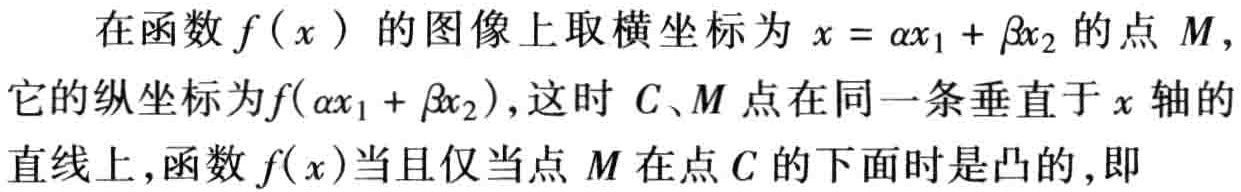
在函数\(f(x)\)的图像上取横坐标为\(x = \alpha x_{1}+\beta x_{2}\)的点\(M\)，它的纵坐标为\(f(\alpha x_{1}+\beta x_{2})\)，这时 \(C、M\)点在同一条垂直于\(x\)轴的直线上，函数\(f(x)\)当且仅当点\(M\)在点\(C\)的下面时是凸的，即